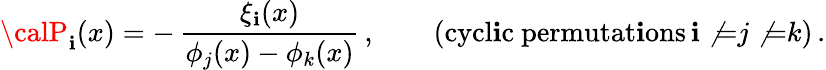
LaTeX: {\calP}_{\mathbf{i}}(x)=-\, \frac{{\xi_{\mathbf{i}}(x)}}{{\phi_{j}(x)-\phi_{k}(x)}}\, ,\qquad(\mathrm{{cycl\mathbf{i}c~permutat\mathbf{i}ons}}\, \mathbf{i}\not{=}j\not{=}k)\, .